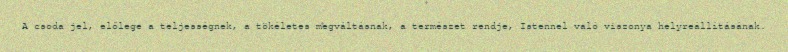
A csoda jel, előlege a teljességnek, a tökéletes megváltásnak, a természet rendje, Istennel való viszonya helyreállításának.